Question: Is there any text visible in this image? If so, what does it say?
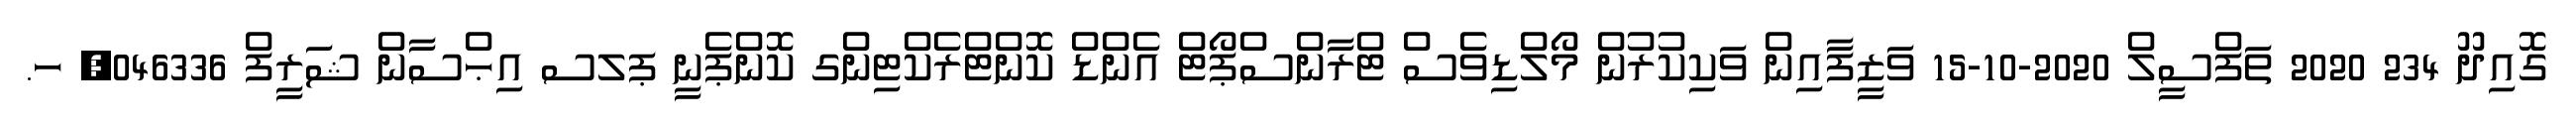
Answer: ގޮއިދޫ 234 2020 ތަފްސީލް 2020-10-15 ވަޒީފާއިން ވަކިކުރުން މޯލްޑިވެސް ޓްރާންސްޕޯޓް އެންޑް ކޮންޓްރެކްޓިންގ ކޮންޕެނީ ޕލސ އިޙްސާން ޝަރީފް 046336, ހ.